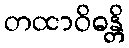
တထာဝိဓန္တိ